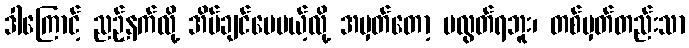
ဒါကြောင့် ညဉ့်နက်လို့ အိပ်ချင်ပေမယ့်လို့ အမှတ်တော့ မလွတ်ရဘူး၊ တစ်မှတ်တည်းသာ